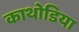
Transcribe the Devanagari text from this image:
काथोडिया